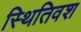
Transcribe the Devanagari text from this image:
स्थितिवश